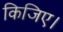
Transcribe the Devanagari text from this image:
किजिए।